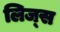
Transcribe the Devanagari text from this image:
लिज्स